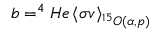
b = ^ { 4 } H e \left\langle \sigma v \right\rangle _ { ^ { 1 5 } O ( \alpha , p ) }